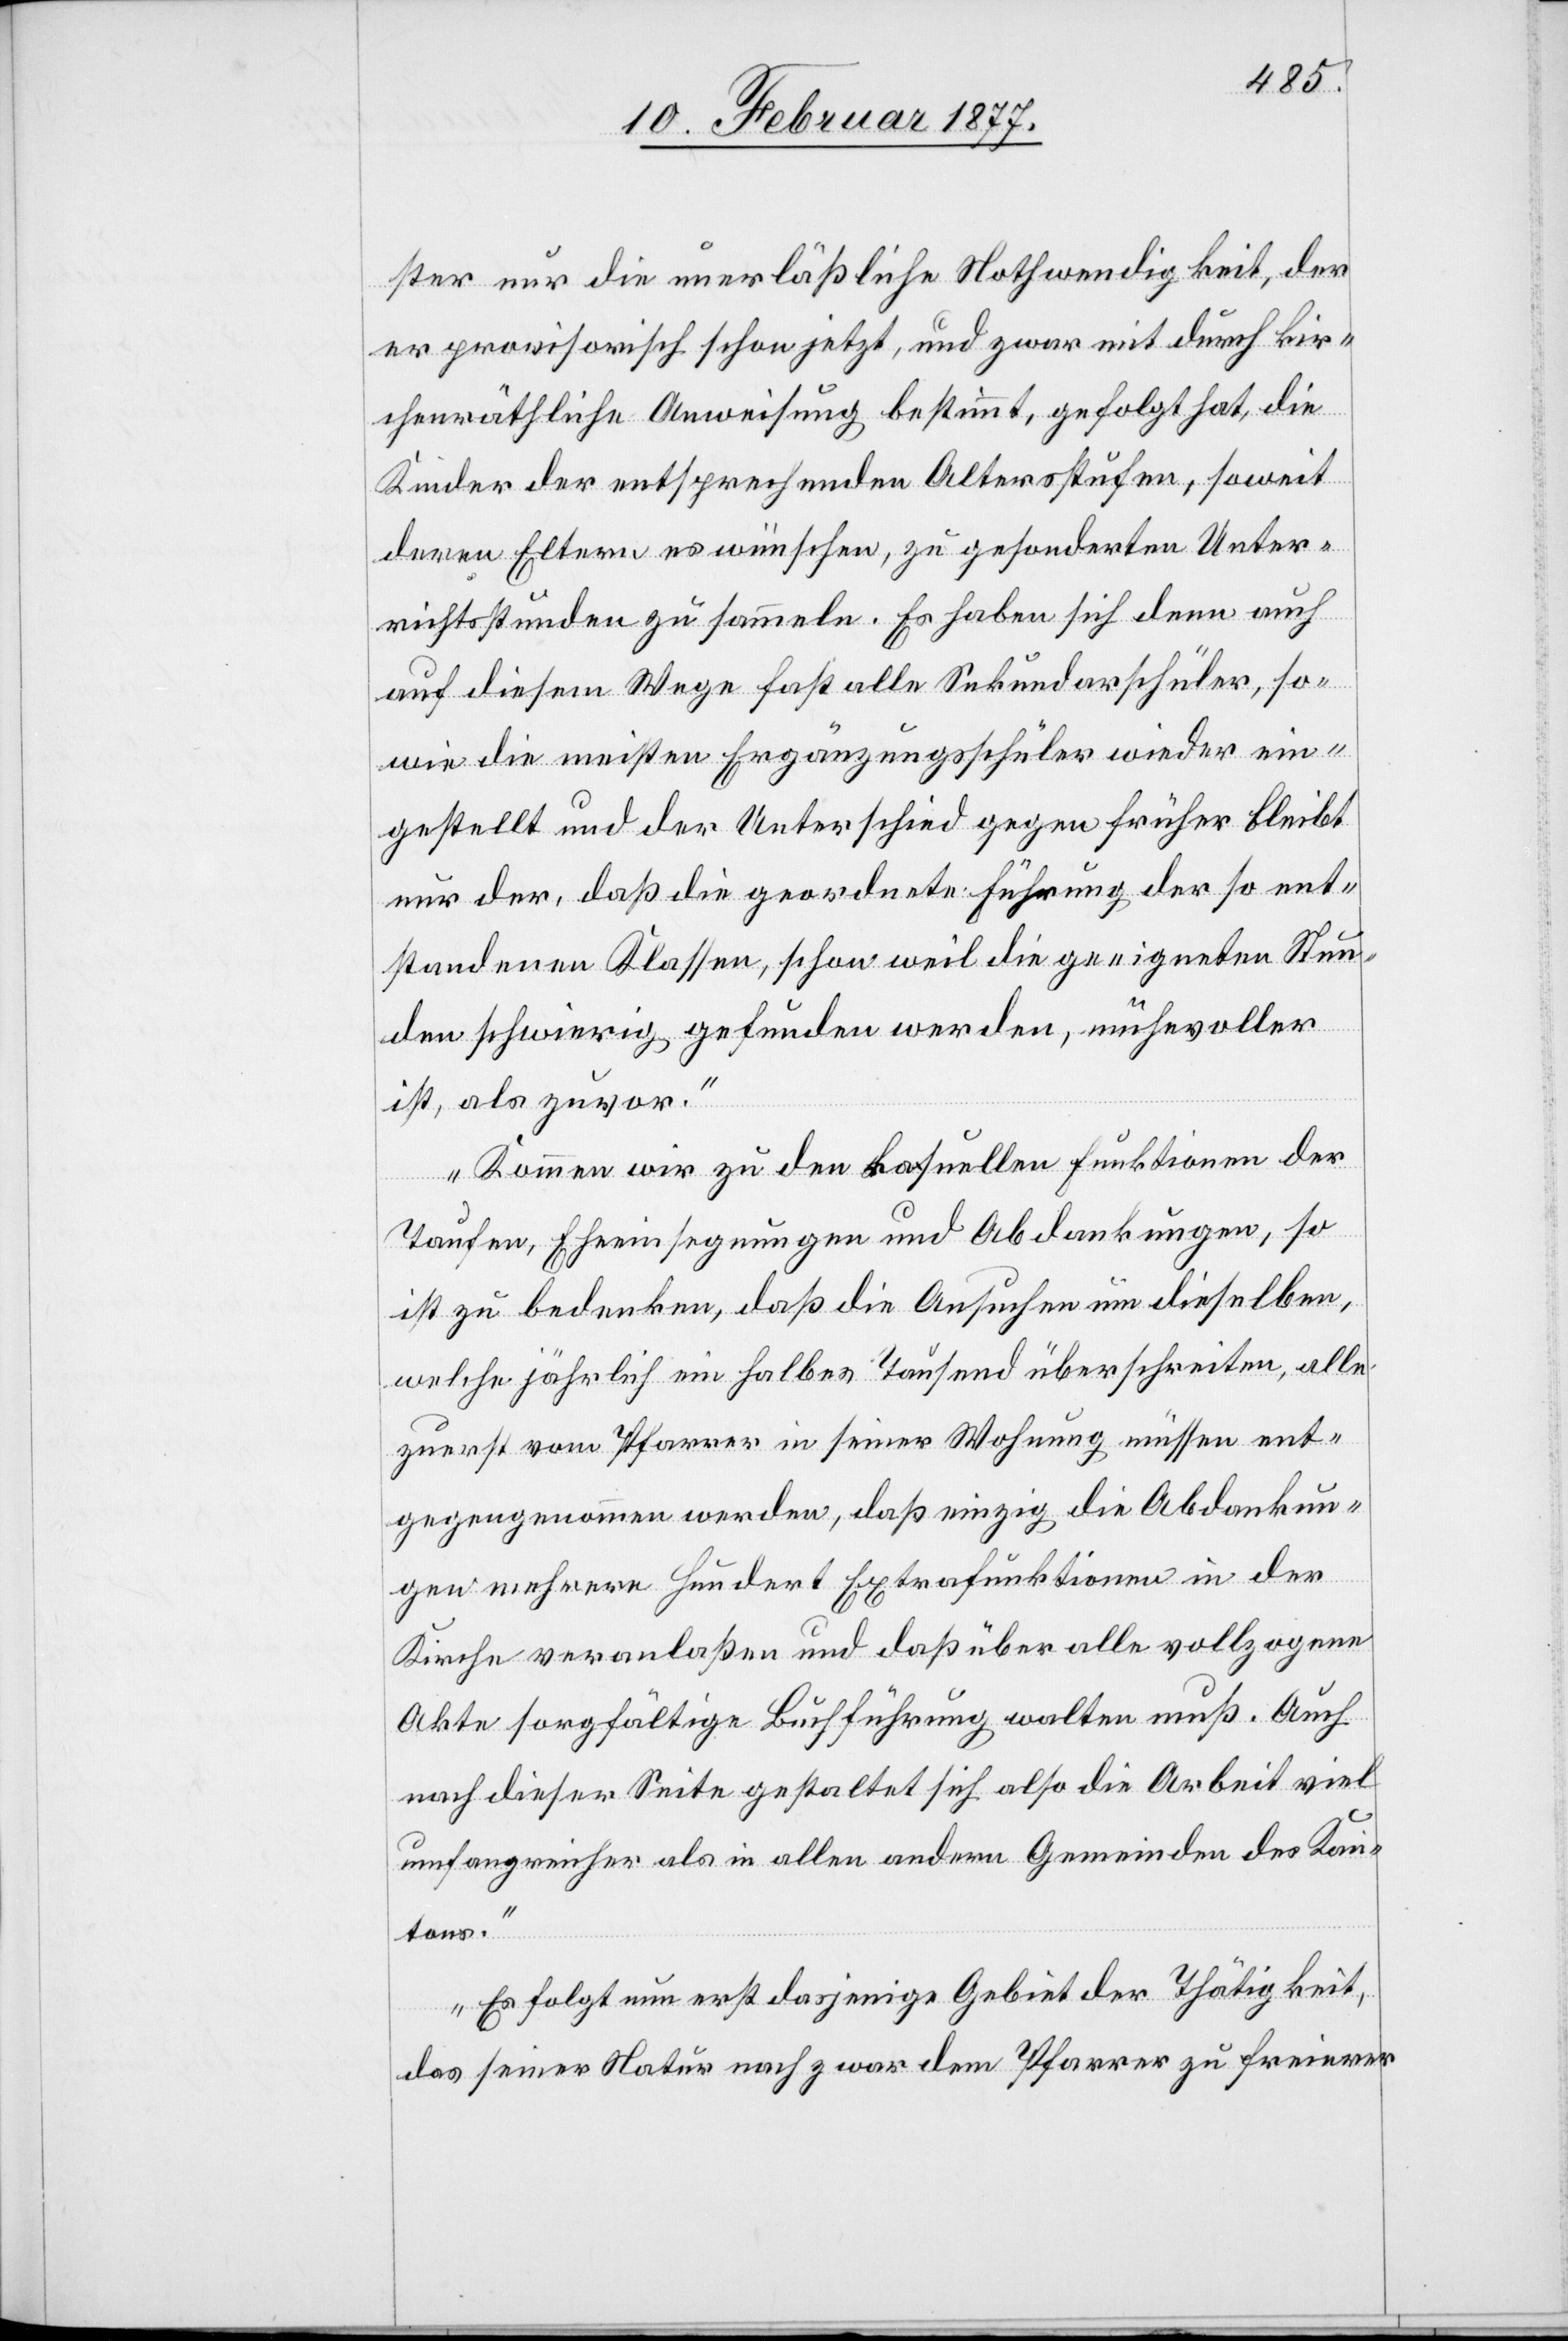
ster nur die unerläßliche Nothwendigkeit, der
er provisorisch schon jetzt, und zwar mit [sic!] durch kir¬
chenräthliche Anweisung bestimmt, gefolgt hat, die
Kinder der entsprechenden Altersstufen, soweit
deren Eltern es wünschen, zu gesonderten Unter¬
richtsstunden zu sammeln. Es haben sich denn auch
auf diesem Wege fast alle Sekundarschüler, so¬
wie die meisten Ergänzungsschüler wieder ein¬
gestellt und der Unterschied gegen früher bleibt
nur der, daß die geordnete Führung der so ent¬
standenen Klassen, schon weil die geeigneten Stun¬
den schwierig gefunden werden, mühevoller
ist, als zuvor.
Kommen wir zu den kasuellen Funktionen der
Taufen, Eheeinsegnungen und Abdankungen, so
ist zu bedenken, daß die Ansuchen um dieselben,
welche jährlich ein halbes Tausend überschreiten, alle
zuerst vom Pfarrer in seiner Wohnung müssen ent¬
gegengenommen werden, daß einzig die Abdankun¬
gen mehrere hundert Extrafunktionen in der
Kirche veranlaßen und daß über alle vollzogene
Akte sorgfältige Buchführung walten muß. Auch
nach dieser Seite gestaltet sich also die Arbeit viel
umfangreicher als in allen andern Gemeinden des Kan¬
tons.
Es folgt nun erst dasjenige Gebiet der Thätigkeit,
das seiner Natur nach zwar dem Pfarrer zu freierer